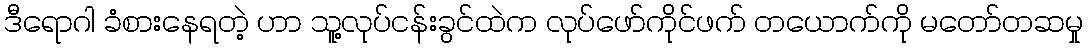
ဒီရောဂါ ခံစားနေရတဲ့ ဟာ သူ့လုပ်ငန်းခွင်ထဲက လုပ်ဖော်ကိုင်ဖက် တယောက်ကို မတော်တဆမှု